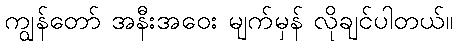
ကျွန်တော် အနီးအဝေး မျက်မှန် လိုချင်ပါတယ်။